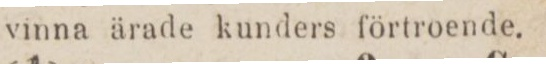
vinna ärade kunders förtroende.